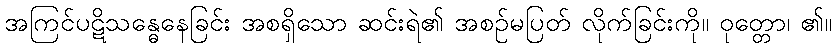
အကြင်ပဋိသန္ဓေနေခြင်း အစရှိသော ဆင်းရဲ၏ အစဉ်မပြတ် လိုက်ခြင်းကို။ ဝုတ္တော၊ ၏။